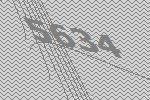
5634